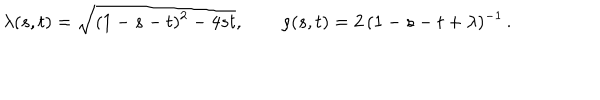
\lambda ( s , t ) = \sqrt { ( 1 - s - t ) ^ { 2 } - 4 s t } , \qquad \rho ( s , t ) = 2 \, ( 1 - s - t + \lambda ) ^ { - 1 } \, .